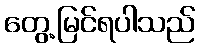
တွေ့မြင်ရပါသည်